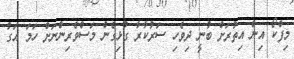
މިފްކޯ އިން އިތުރަށް ބުނީ ދިވެހި ސަރުކާރާ ގުޅިގެން މަސްވެރިންނަށް ހަމަ އަގު